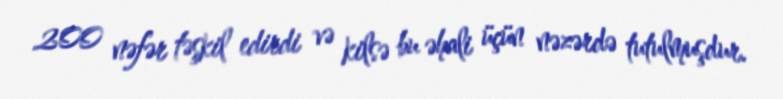
200 nəfər təşkil edirdi və kilsə bu əhali üçün nəzərdə tutulmuşdur.